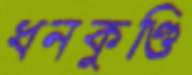
ধনকুণ্ডি